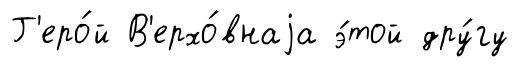
Г'еро́й В'ерхо́внаjа э́той дру́гу